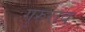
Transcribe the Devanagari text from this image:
गुरुराव